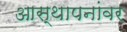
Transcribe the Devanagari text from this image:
आस्‍थापनांवर